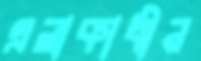
এলাকাধীন